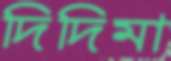
দিদিমা